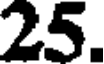
25.